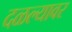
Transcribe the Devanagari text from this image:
दळल्यावर